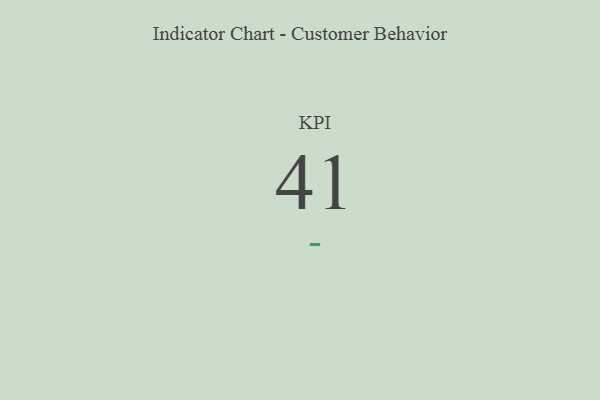
{"axis": {"x": "KPI", "y": "Value"}, "legend": [""], "data": [{"x": "KPI", "y": 41, "type": ""}]}